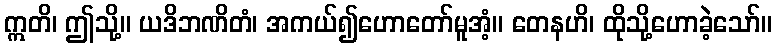
ဣတိ၊ ဤသို့။ ယဒိဘဏိတံ၊ အကယ်၍ဟောတော်မူအံ့။ တေနဟိ၊ ထိုသို့ဟောခဲ့သော်။